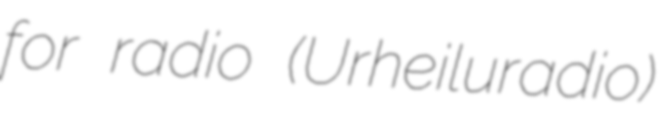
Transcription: for radio (Urheiluradio)